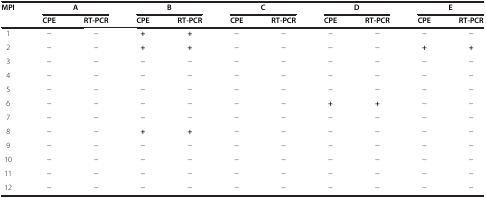
| MPI | <COLSPAN=2> A | <COLSPAN=2> B | <COLSPAN=2> C | <COLSPAN=2> D | <COLSPAN=2> E |
 |  | CPE | RT-PCR | CPE | RT-PCR | CPE | RT-PCR | CPE | RT-PCR | CPE | RT-PCR |
 | --- | --- | --- | --- | --- | --- | --- | --- | --- | --- | --- |
 | 1 | − | − | + | + | − | − | − | − | − | − |
 | 2 | − | − | + | + | − | − | − | − | + | + |
 | 3 | − | − | − | − | − | − | − | − | − | − |
 | 4 | − | − | − | − | − | − | − | − | − | − |
 | 5 | − | − | − | − | − | − | − | − | − | − |
 | 6 | − | − | − | − | − | − | + | + | − | − |
 | 7 | − | − | − | − | − | − | − | − | − | − |
 | 8 | − | − | + | + | − | − | − | − | − | − |
 | 9 | − | − | − | − | − | − | − | − | − | − |
 | 10 | − | − | − | − | − | − | − | − | − | − |
 | 11 | − | − | − | − | − | − | − | − | − | − |
 | 12 | − | − | − | − | − | − | − | − | − | − |